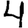
Digit: 4